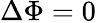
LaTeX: \Delta\Phi=0